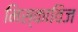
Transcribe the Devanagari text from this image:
मिस्काविज